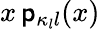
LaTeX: x\, {\mathsf p}_{\kappa_{l}l}(x)